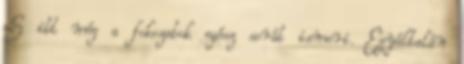
S itt még a fokozatok egész sorát ismeri. Egyáltalán